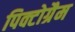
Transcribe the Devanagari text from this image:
पिक्टोग्रैम